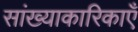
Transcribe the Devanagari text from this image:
सांख्याकारिकाएँ